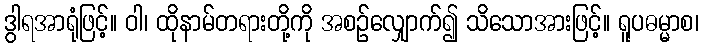
ဒွါရအာရုံဖြင့်။ ဝါ၊ ထိုနာမ်တရားတို့ကို အစဉ်လျှောက်၍ သိသောအားဖြင့်။ ရူပဓမ္မာစ၊